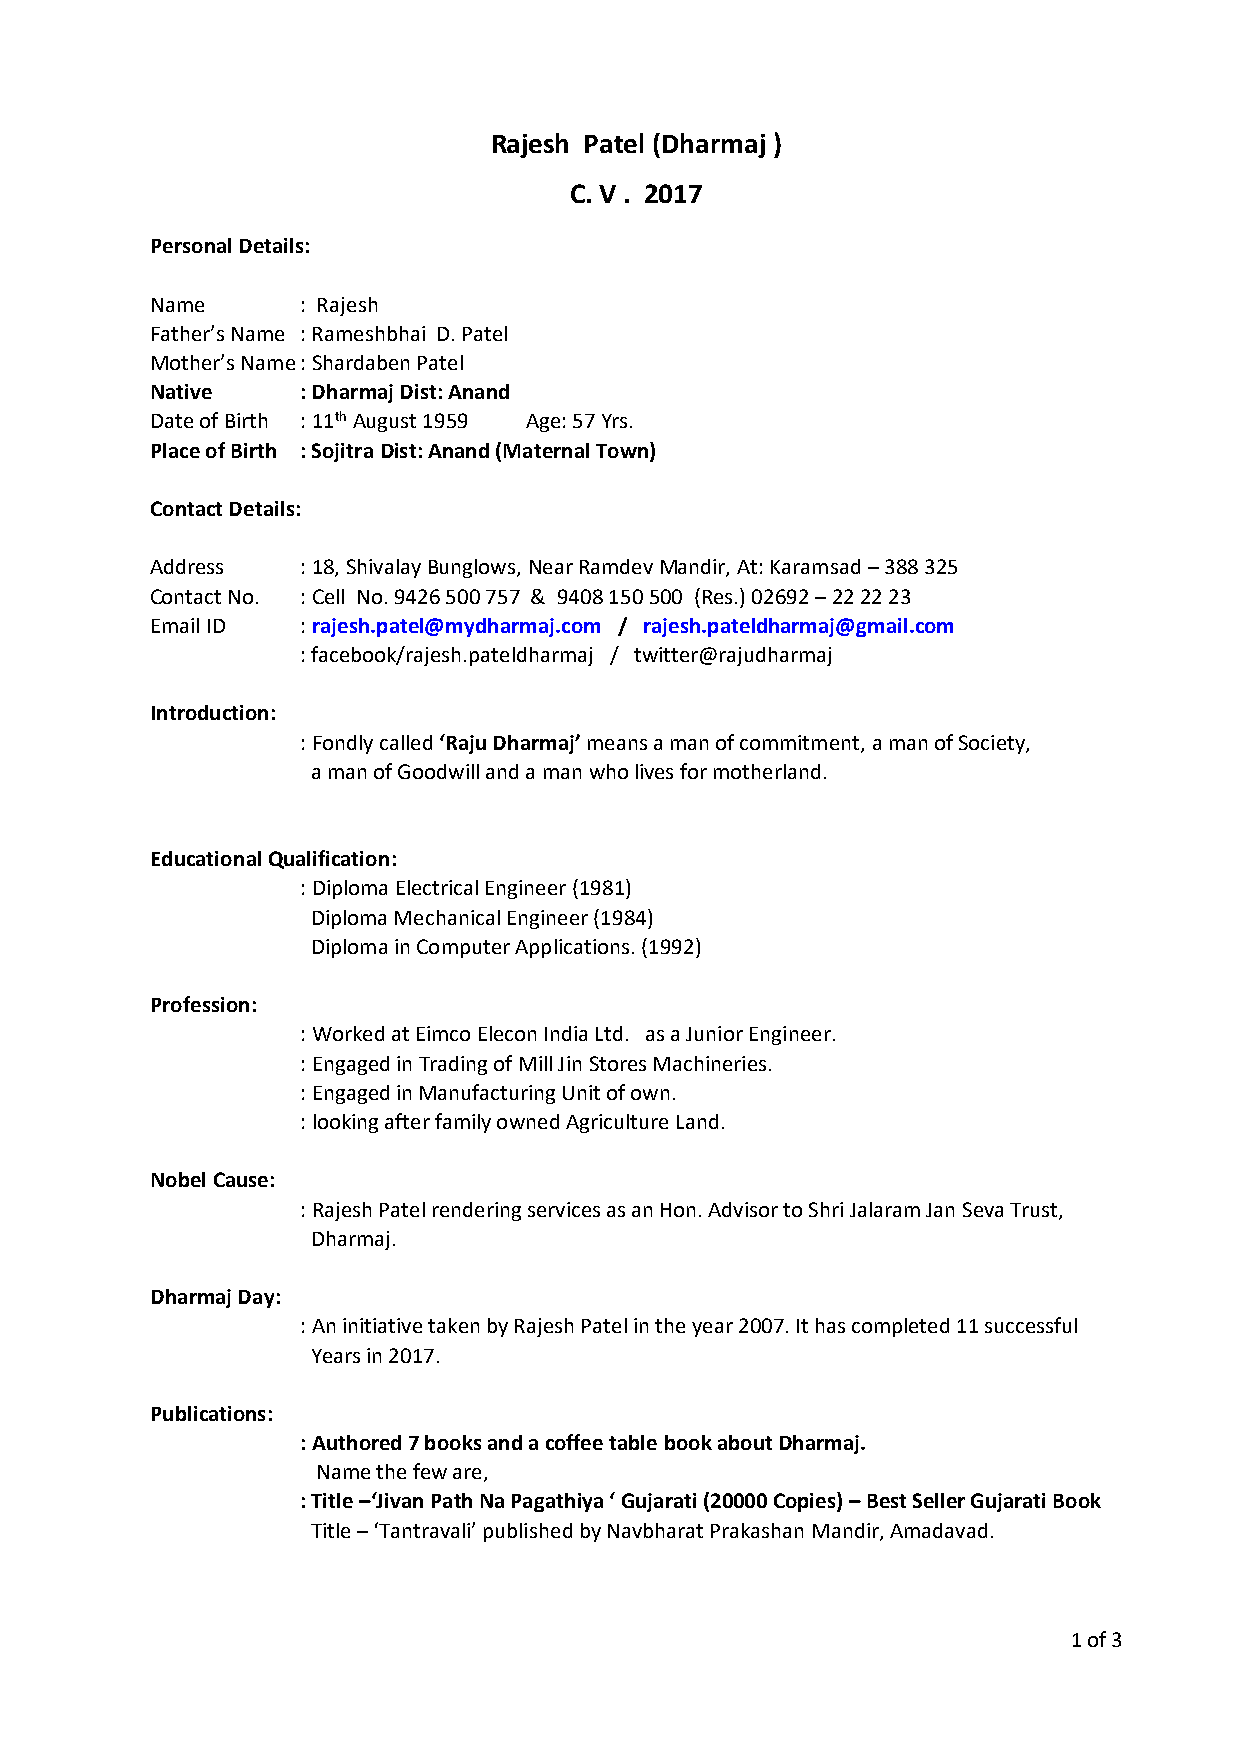
Rajesh Patel (Dharmaj )
 C. V . 2017
 Personal Details:
 Name      : Rajesh
 Father’s Name : Rameshbhai D. Patel
 Mother’s Name : Shardaben Patel
 Native    : Dharmaj Dist: Anand
 Date of Birth : 11th August 1959 Age: 57 Yrs.
 Place of Birth : Sojitra Dist: Anand (Maternal Town)
 Contact Details:
 Address   : 18, Shivalay Bunglows, Near Ramdev Mandir, At: Karamsad – 388 325
 Contact No. : Cell No. 9426 500 757 & 9408 150 500 (Res.) 02692 – 22 22 23
 Email ID  : rajesh.patel@mydharmaj.com / rajesh.pateldharmaj@gmail.com
 : facebook/rajesh.pateldharmaj / twitter@rajudharmaj
 Introduction:
 : Fondly called ‘Raju Dharmaj’ means a man of commitment, a man of Society,
 a man of Goodwill and a man who lives for motherland.
 Educational Qualification:
 : Diploma Electrical Engineer (1981)
 Diploma Mechanical Engineer (1984)
 Diploma in Computer Applications. (1992)
 Profession:
 : Worked at Eimco Elecon India Ltd. as a Junior Engineer.
 : Engaged in Trading of Mill Jin Stores Machineries.
 : Engaged in Manufacturing Unit of own.
 : looking after family owned Agriculture Land.
 Nobel Cause:
 : Rajesh Patel rendering services as an Hon. Advisor to Shri Jalaram Jan Seva Trust,
 Dharmaj.
 Dharmaj Day:
 : An initiative taken by Rajesh Patel in the year 2007. It has completed 11 successful
 Years in 2017.
 Publications:
 : Authored 7 books and a coffee table book about Dharmaj.
 Name the few are,
 : Title –‘Jivan Path Na Pagathiya ‘ Gujarati (20000 Copies) – Best Seller Gujarati Book
 Title – ‘Tantravali’ published by Navbharat Prakashan Mandir, Amadavad.
 1 of 3